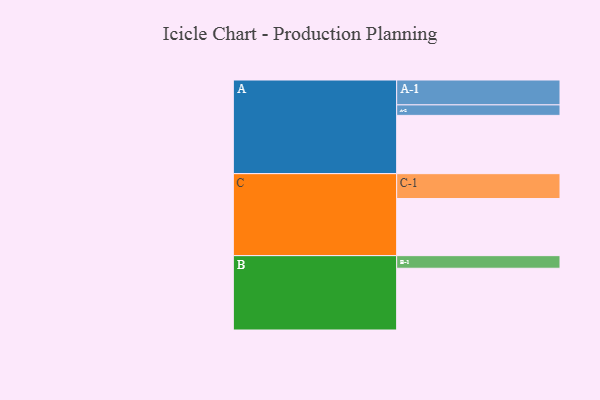
{"axis": {"x": "Segment", "y": "Value"}, "legend": ["", "A", "B", "C"], "data": [{"x": "A", "y": 504, "type": ""}, {"x": "B", "y": 534, "type": ""}, {"x": "C", "y": 494, "type": ""}, {"x": "A-1", "y": 215, "type": "A"}, {"x": "A-2", "y": 91, "type": "A"}, {"x": "B-1", "y": 109, "type": "B"}, {"x": "C-1", "y": 215, "type": "C"}]}